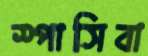
স্পাসিবা